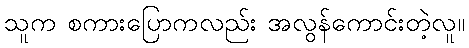
သူက စကားပြောကလည်း အလွန်ကောင်းတဲ့လူ။